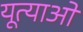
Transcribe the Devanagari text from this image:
यूत्याओ